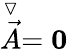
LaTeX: \stackrel{\triangledown}{\vec{A}}=\boldsymbol{0}